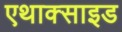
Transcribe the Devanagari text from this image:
एथाक्साइड